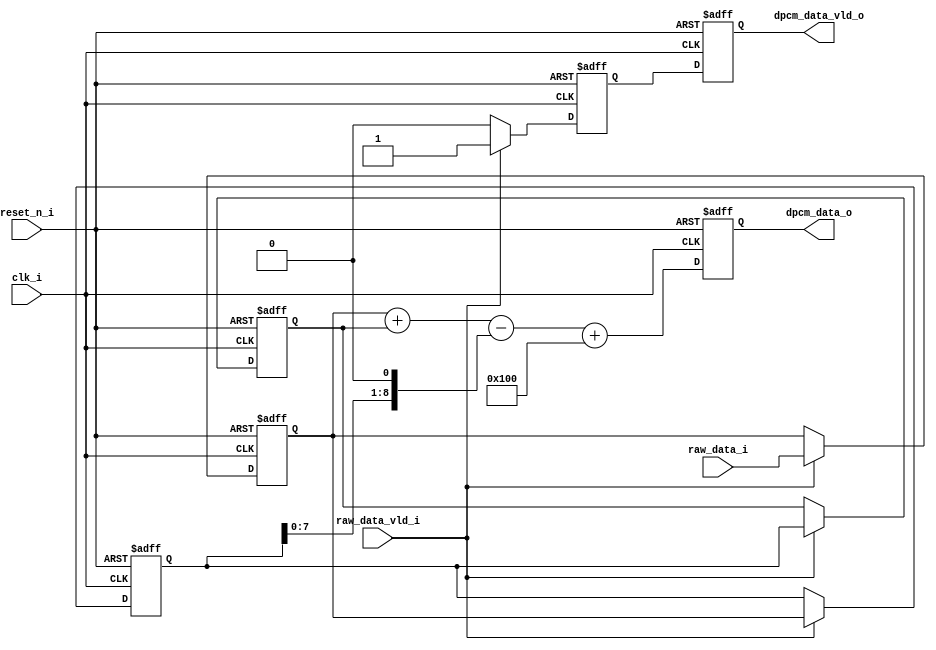
// Company           :   tud
//
// Project Name      :   p_eval
// Subproject Name   :   s_iic
// Description       :   <2nd order DPCM module>
//
// Last Change       :   $Date: 2022-06-07 21:29:35 +0200 (Tue, 07 Jun 2022) $
// by                :   $Author: zhuowang $
//------------------------------------------------------------
module dpcm_2nd (clk_i,
			 reset_n_i,
			 raw_data_i,
			 raw_data_vld_i,
			 dpcm_data_o,
			 dpcm_data_vld_o
);
//2nd order dpcm
//input stream A B C D ...
//expect out: C-2B+A D-2C+B ...

//params
parameter DATA_WIDTH = 9;
//ports
input					 clk_i;
input					 reset_n_i;
input	[DATA_WIDTH-1:0] raw_data_i;
input					 raw_data_vld_i;
output	[DATA_WIDTH-1:0] dpcm_data_o;
output					 dpcm_data_vld_o;
//regs
reg		[DATA_WIDTH-1:0] dpcm_data_o;
reg						 dpcm_data_vld_o;
reg	    [DATA_WIDTH-1:0] raw_data;
wire    [DATA_WIDTH-1:0] dpcm_data;
reg                      raw_data_vld;
reg	    [DATA_WIDTH-1:0] data_buffer_1;
reg	    [DATA_WIDTH-1:0] data_buffer_2;
reg	    [DATA_WIDTH-1:0] data_buffer_3;

		
//output
always @ (posedge clk_i or negedge reset_n_i)
	begin
		if (!reset_n_i) begin
			dpcm_data_vld_o <= 1'b0;
			dpcm_data_o <= {DATA_WIDTH{1'b0}};
		end
		else begin
			dpcm_data_vld_o <= raw_data_vld;
			dpcm_data_o <= dpcm_data;
		end
	end

//input
always @ (posedge clk_i or negedge reset_n_i)
	begin
		if (!reset_n_i)begin
			raw_data <= 0;
            raw_data_vld <= 1'b0;
			end
		else if (raw_data_vld_i)begin
            raw_data <= raw_data_i;
            raw_data_vld <= raw_data_vld_i;
			end
		else begin
		    raw_data <= raw_data;
            raw_data_vld <= 1'b0;
			end
	end

//data buffer
always @ (posedge clk_i or negedge reset_n_i)
    begin
        if (!reset_n_i)begin
            data_buffer_1 <= 0;
            data_buffer_2 <= 0;
            data_buffer_3 <= 0;
        end
        else if (raw_data_vld_i)begin
            data_buffer_1 <= raw_data_i;
            data_buffer_2 <= data_buffer_1;
            data_buffer_3 <= data_buffer_2;
        end
        else begin
            data_buffer_1 <= data_buffer_1;
            data_buffer_2 <= data_buffer_2;
            data_buffer_3 <= data_buffer_3;
        end
    end


	assign dpcm_data = data_buffer_1 + data_buffer_3 - (data_buffer_2 << 1) + 256;
	
	
endmodule